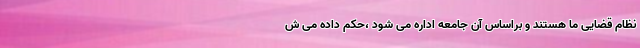
نظام قضایی ما هستند و براساس آن جامعه اداره می شود ،حکم داده می ش